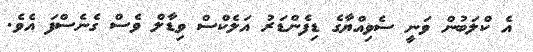
އެ ކްލަބުން ވަނީ ސެވިއްޔާގެ ޑިފެންޑަރު އަލެކްސް ވިޑާލް ވެސް ގެނެސްފަ އެވެ.